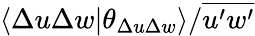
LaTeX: \langle\Delta u\Delta w\vert\theta_{\Delta u\Delta w}\rangle/\overline{{u^{\prime}w^{\prime}}}